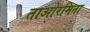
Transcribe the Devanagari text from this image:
ताओरमिना